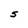
Character: S